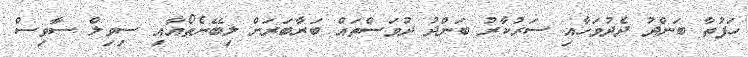
ހަފުތާ ބަންދު ދެދުވަހާއި ސަރުކާރު ބަންދު ދުވަސްތައް ބަރާބަރަށް ލިބޭނެތޯއާއި ސިވިލް ސާވިސް